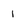
Character: 1